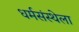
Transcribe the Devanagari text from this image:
धर्मसंस्थेला